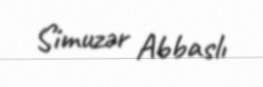
Simuzər Abbaslı